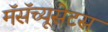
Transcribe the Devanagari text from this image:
मॅसॅच्यूसेटस